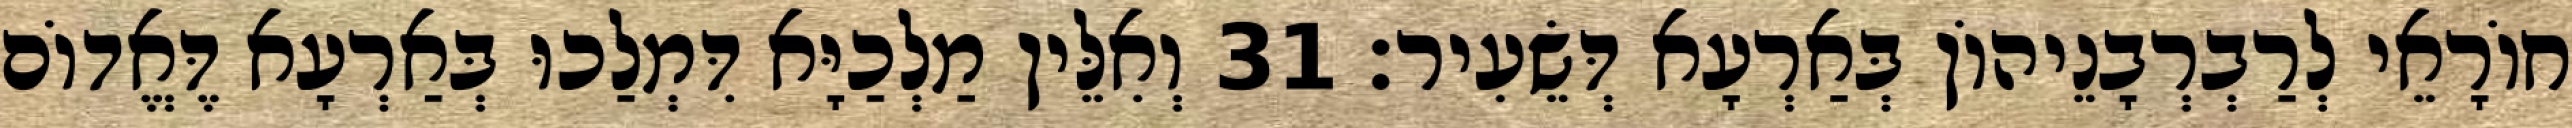
חוֹרָאֵי לְרַבְרְבָנֵיהוֹן בְּאַרְעָא דְּשֵׂעִיר׃ 31 וְאִלֵּין מַלְכַיָּא דִּמְלַכוּ בְּאַרְעָא דֶּאֱדוֹם